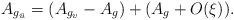
LaTeX: \begin{align*}A_{g_{\bar u}} = (A_{g_v} - A_g) + (A_g + O(\xi)).\end{align*}